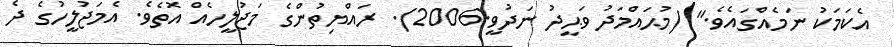
އެކަމަކު ނަމެއްގައެވެ." (މުޙައްމަދު ވަޙީދު ނަދުވީ.2006). ރައްޔިތުންގެ މަޖުލީހެއް އޮތެވެ. އެމަޖުލީހުގެ ދެ